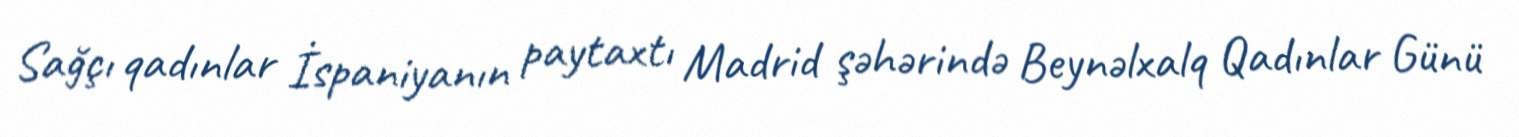
Sağçı qadınlar İspaniyanın paytaxtı Madrid şəhərində Beynəlxalq Qadınlar Günü